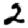
Digit: 2